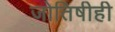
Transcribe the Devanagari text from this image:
जोतिषीही